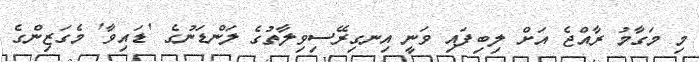
މި މަގާމު ރާއްޖެ އަށް ލިބިފައި ވަނީ އިނގިރޭސިވިލާތުގެ ލަންޑަނުގެ 'ޑައިވާ' މެގަޒިންގެ